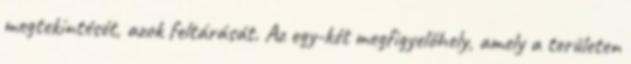
megtekintését, azok feltárását. Az egy-két megfigyelőhely, amely a területen